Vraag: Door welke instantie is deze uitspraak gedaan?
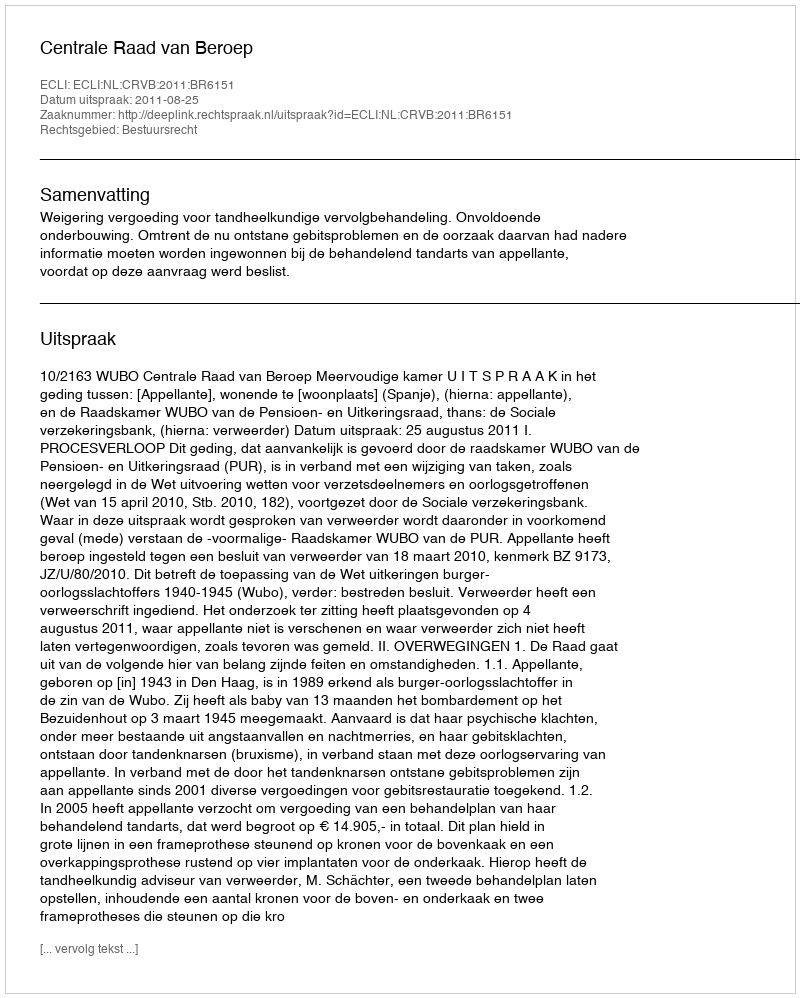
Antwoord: Centrale Raad van Beroep